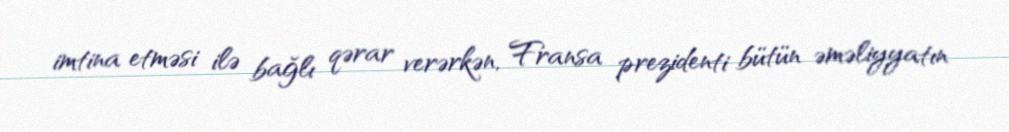
imtina etməsi ilə bağlı qərar verərkən, Fransa prezidenti bütün əməliyyatın